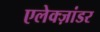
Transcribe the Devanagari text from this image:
एलेक्ज़ांडर